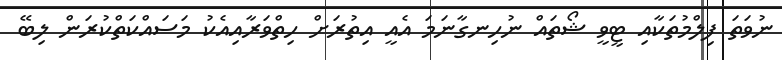
ނުވަތަ ފިލްމުތަކާއި ޓީވީ ޝޯތައް ނުހިނގާނަމަ އެއީ އިތުރަށް ހިތްވަރާއިއެކު މަސައްކަތްކުރަން ލިބޭ